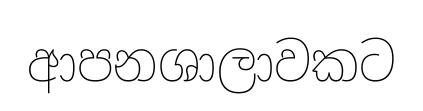
ආපනශාලාවකට